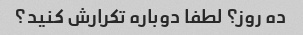
ده روز؟ لطفا دوباره تکرارش کنید؟